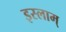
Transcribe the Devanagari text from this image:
इस्लाम्